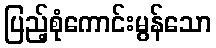
ပြည့်စုံကောင်းမွန်သော